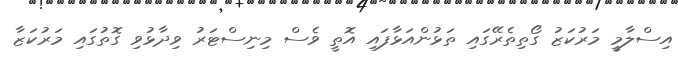
އިސްލާމީީ މަރުކަޒު ގޯތިތެރޭގައި ތަޅުންއަޅާފައި އޮތީ ވެސް މިނިސްޓަރު ވިދާޅުވި ގޮތުގައި މަރުކަޒާ